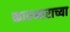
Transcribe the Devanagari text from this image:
कारभाराच्या